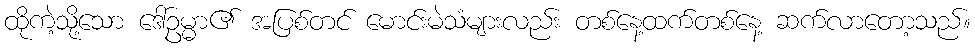
ထိုကဲ့သို့သော ဒေါ်ဥမ္မာ၏ အပြစ်တင် မောင်းမဲသံများလည်း တစ်နေ့ထက်တစ်နေ့ ဆက်လာတော့သည်။